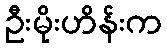
ဦးမိုးဟိန်းက